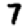
Digit: 7